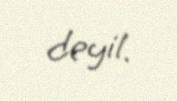
deyil.